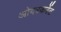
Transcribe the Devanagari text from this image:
ओवरकरेंट